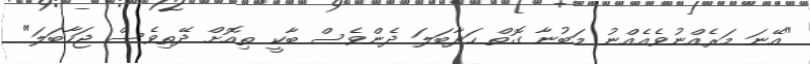
"އޭނަ މަރެއްނުވެއެއްނު މަބުނާ ގޮތް ހަދާބަލަ ދެންވެސް ބާކީ ތިއޮށް ދޭތިވެސް ޖަހާބަލަ"